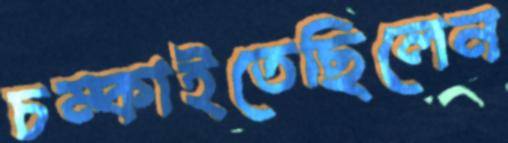
চম্‌কাইতেছিলেন